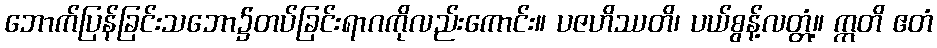
ဘောက်ပြန်ခြင်းသဘော၌တပ်ခြင်းရာဂကိုလည်းကောင်း။ ပဇဟိဿတိ၊ ပယ်စွန့်လတ္တံ့။ ဣတိ ဧတံ